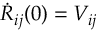
\dot { R } _ { i j } ( 0 ) = V _ { i j }